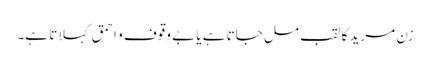
زن مرید کا لقب مل جاتا ہے یا بے وقوف و احمق کہلاتا ہے۔